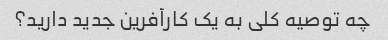
چه توصیه کلی به یک کارآفرین جدید دارید؟